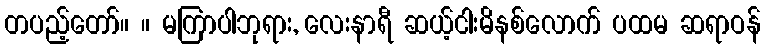
တပည့်တော်။ ။ မကြာပါဘုရား, လေးနာရီ ဆယ့်ငါးမိနစ်လောက် ပထမ ဆရာဝန်